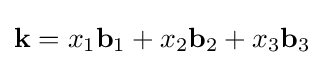
\mathbf {k} =x_{1}\mathbf {b} _{1}+x_{2}\mathbf {b} _{2}+x_{3}\mathbf {b} _{3}